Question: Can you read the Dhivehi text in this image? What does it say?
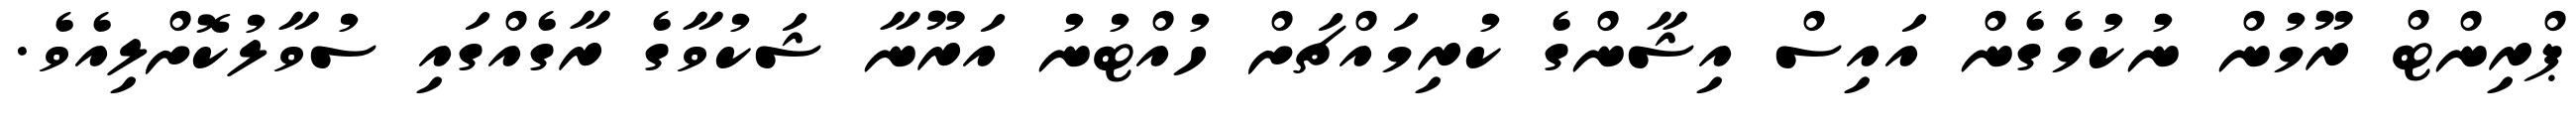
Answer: ޕްރިންޓް ރޫމުން ނުކުމެގެން އައިސް އިޝާންގެ ކުރިމައްޗަށް ހުއްޓުނު އަރޫނާ ޝަކުވާގެ ރާގެއްގައި ސުވާލުކޮށްލިއެވެ.